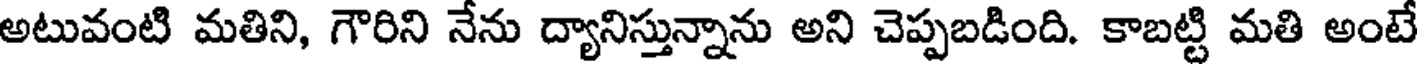
అటువంటి మతిని, గౌరిని నేను ద్యానిస్తున్నాను అని చెప్పబడింది. కాబట్టి మతి అంటే